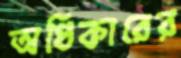
অধিকারের